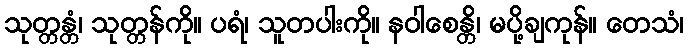
သုတ္တန္တံ၊ သုတ္တန်ကို။ ပရံ၊ သူတပါးကို။ နဝါစေန္တိ၊ မပို့ချကုန်။ တေသံ၊